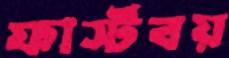
ফার্স্টবয়